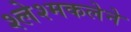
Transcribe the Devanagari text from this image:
श्लेश्मकलेने